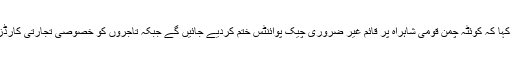
بریگیڈیئر ندیم سہیل نے کہا کہ کوئٹہ چمن قومی شاہراہ پر قائم غیر ضروری چیک پوائنٹس ختم کردیے جائیں گے جبکہ تاجروں کو خصوصی تجارتی کارڈز جاری کیے جائیں گے۔